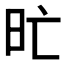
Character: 𣅇